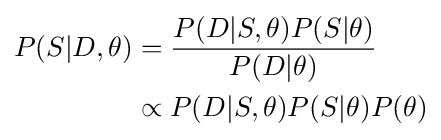
{\begin{aligned}P(S|D,\theta )&={\frac {P(D|S,\theta )P(S|\theta )}{P(D|\theta )}}\\&\propto P(D|S,\theta )P(S|\theta )P(\theta )\end{aligned}}